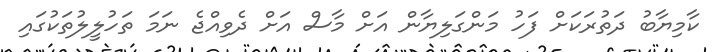
ކާމިޔާބު ދަތުރަކަށް ފަހު މަންގަލިޔާން އަށް މާސް އަށް ދެވިއްޖެ ނަމަ ތަހުލީލުތަކުގައި